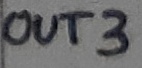
Text: OUT3